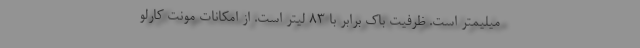
میلیمتر است. ظرفیت باک برابر با 83 لیتر است. از امکانات مونت کارلو